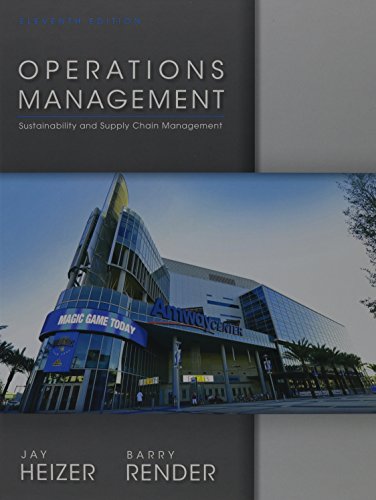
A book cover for Operations Management (11th Edition); Jay Heizer; Business & Money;